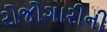
રોજોગારીની